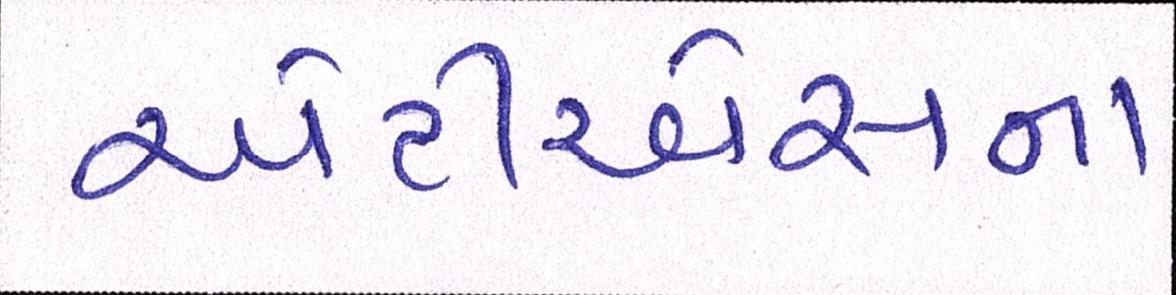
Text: એટીએસના